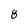
Character: 8